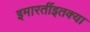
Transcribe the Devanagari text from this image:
इमारतींइतक्या